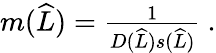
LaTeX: \begin{array}{r}{m(\widehat{L})=\frac{1}{D(\widehat{L})s(\widehat{L})}\ .}\end{array}